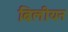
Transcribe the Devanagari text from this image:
बिलीयन